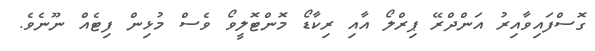
ގޮސްފައިވާއިރު އަންދްރޭ ޕިރްލޯ އާއި ރިކާޑޯ މޮންޓޮލީވޯ ވެސް މުޅިން ފިޓެއް ނޫނެވެ.